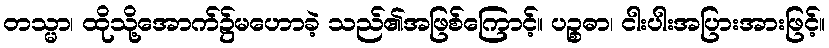
တသ္မာ၊ ထိုသို့အောက်၌မဟောခဲ့ သည်၏အဖြစ်ကြောင့်။ ပဉ္စဓာ၊ ငါးပါးအပြားအားဖြင့်။